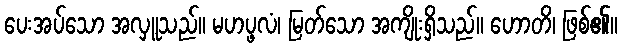
ပေးအပ်သော အလှူသည်။ မဟပ္ဖလံ၊ မြတ်သော အကျိုးရှိသည်။ ဟောတိ၊ ဖြစ်၏။